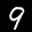
Label: 9